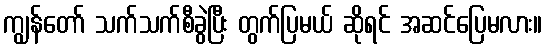
ကျွန်တော် သက်သက်စီခွဲပြီး တွက်ပြမယ် ဆိုရင် အဆင်ပြေမလား။